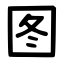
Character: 图